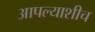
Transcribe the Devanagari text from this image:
आपल्याशीच